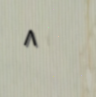
٨